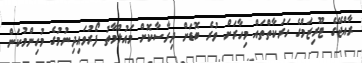
ރާއްޖޭގެ ޓޫރިޒަމްގެ ހަރަކާތްތައް މިހާރަށް ވުރެ ބޮޑަށް ދިރާސާކޮށް މައުލޫމާތު ފޯރުވައިދިނުމުގެ މުހިންމުކަން